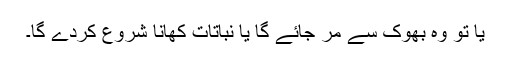
یا تو وہ بھوک سے مر جائے گا یا نباتات کھانا شروع کردے گا۔